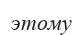
этому